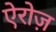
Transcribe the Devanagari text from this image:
ऐरोज़